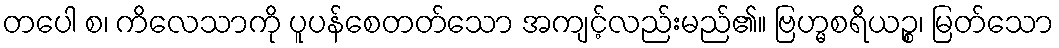
တပေါ စ၊ ကိလေသာကို ပူပန်စေတတ်သော အကျင့်လည်းမည်၏။ ဗြဟ္မစရိယဉ္စ၊ မြတ်သော